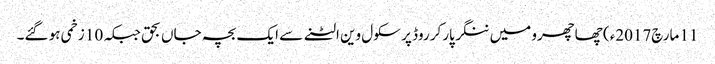
11 مارچ2017ء) چھاچھرو میں ننگر پارکر روڈ پر سکول وین الٹنے سے ایک بچہ جاں بحق جبکہ 10 زخمی ہو گئے۔